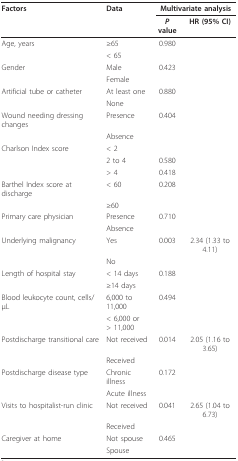
<table><thead><tr><td><b>Factors</b></td><td><b>Data</b></td><td colspan="2"><b>Multivariate analysis</b></td></tr><tr><td>[EMPTY_CELL]</td><td>[EMPTY_CELL]</td><td><b><i>P </i>value</b></td><td><b>HR (95% CI)</b></td></tr></thead><tbody><tr><td>Age, years</td><td>≥65</td><td>0.980</td><td>[EMPTY_CELL]</td></tr><tr><td>[EMPTY_CELL]</td><td>&lt; 65</td><td>[EMPTY_CELL]</td><td>[EMPTY_CELL]</td></tr><tr><td>Gender</td><td>Male</td><td>0.423</td><td>[EMPTY_CELL]</td></tr><tr><td>[EMPTY_CELL]</td><td>Female</td><td>[EMPTY_CELL]</td><td>[EMPTY_CELL]</td></tr><tr><td>Artificial tube or catheter</td><td>At least one</td><td>0.880</td><td>[EMPTY_CELL]</td></tr><tr><td>[EMPTY_CELL]</td><td>None</td><td>[EMPTY_CELL]</td><td>[EMPTY_CELL]</td></tr><tr><td>Wound needing dressing changes</td><td>Presence</td><td>0.404</td><td>[EMPTY_CELL]</td></tr><tr><td>[EMPTY_CELL]</td><td>Absence</td><td>[EMPTY_CELL]</td><td>[EMPTY_CELL]</td></tr><tr><td>Charlson Index score</td><td>&lt; 2</td><td>[EMPTY_CELL]</td><td>[EMPTY_CELL]</td></tr><tr><td>[EMPTY_CELL]</td><td>2 to 4</td><td>0.580</td><td>[EMPTY_CELL]</td></tr><tr><td>[EMPTY_CELL]</td><td>&gt; 4</td><td>0.418</td><td>[EMPTY_CELL]</td></tr><tr><td>Barthel Index score at discharge</td><td>&lt; 60</td><td>0.208</td><td>[EMPTY_CELL]</td></tr><tr><td>[EMPTY_CELL]</td><td>≥60</td><td>[EMPTY_CELL]</td><td>[EMPTY_CELL]</td></tr><tr><td>Primary care physician</td><td>Presence</td><td>0.710</td><td>[EMPTY_CELL]</td></tr><tr><td>[EMPTY_CELL]</td><td>Absence</td><td>[EMPTY_CELL]</td><td>[EMPTY_CELL]</td></tr><tr><td>Underlying malignancy</td><td>Yes</td><td>0.003</td><td>2.34 (1.33 to 4.11)</td></tr><tr><td>[EMPTY_CELL]</td><td>No</td><td>[EMPTY_CELL]</td><td>[EMPTY_CELL]</td></tr><tr><td>Length of hospital stay</td><td>&lt; 14 days</td><td>0.188</td><td>[EMPTY_CELL]</td></tr><tr><td>[EMPTY_CELL]</td><td>≥14 days</td><td>[EMPTY_CELL]</td><td>[EMPTY_CELL]</td></tr><tr><td>Blood leukocyte count, cells/μL</td><td>6,000 to 11,000</td><td>0.494</td><td>[EMPTY_CELL]</td></tr><tr><td>[EMPTY_CELL]</td><td>&lt; 6,000 or &gt; 11,000</td><td>[EMPTY_CELL]</td><td>[EMPTY_CELL]</td></tr><tr><td>Postdischarge transitional care</td><td>Not received</td><td>0.014</td><td>2.05 (1.16 to 3.65)</td></tr><tr><td>[EMPTY_CELL]</td><td>Received</td><td>[EMPTY_CELL]</td><td>[EMPTY_CELL]</td></tr><tr><td>Postdischarge disease type</td><td>Chronic illness</td><td>0.172</td><td>[EMPTY_CELL]</td></tr><tr><td>[EMPTY_CELL]</td><td>Acute illness</td><td>[EMPTY_CELL]</td><td>[EMPTY_CELL]</td></tr><tr><td>Visits to hospitalist-run clinic</td><td>Not received</td><td>0.041</td><td>2.65 (1.04 to 6.73)</td></tr><tr><td>[EMPTY_CELL]</td><td>Received</td><td>[EMPTY_CELL]</td><td>[EMPTY_CELL]</td></tr><tr><td>Caregiver at home</td><td>Not spouse</td><td>0.465</td><td>[EMPTY_CELL]</td></tr><tr><td>[EMPTY_CELL]</td><td>Spouse</td><td>[EMPTY_CELL]</td><td>[EMPTY_CELL]</td></tr></tbody></table>